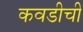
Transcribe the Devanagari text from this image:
कवडीची